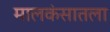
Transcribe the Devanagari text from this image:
मालकंसातला